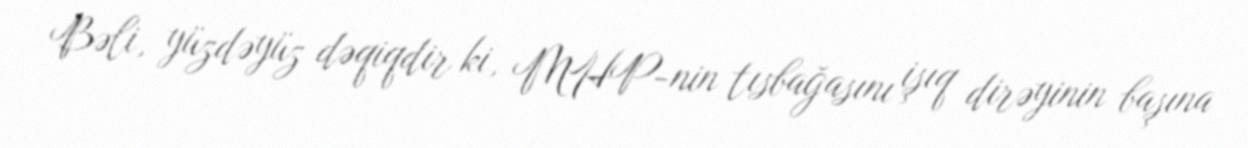
Bəli, yüzdəyüz dəqiqdir ki, MHP-nin tısbağasını işıq dirəyinin başına